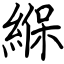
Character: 緥